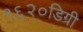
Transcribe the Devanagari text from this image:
१६२०डिग्री